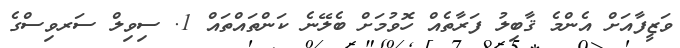
ވަޒީފާއަށް އެންމެ ޤާބިލު ފަރާތެއް ހޮވުމަށް ބެލޭނެ ކަންތައްތައް 1. ސިވިލް ސަރވިސްގެ